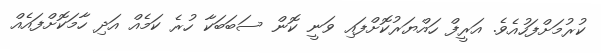
ކުރުމަށްފަހުއެވެ. އަރީފް ހައްޔަރުކޮށްފައި ވަނީ ކޮން ސަބަބަކާ ހުރެ ކަމެއް އަދި ހާމަކޮށްފައެއް